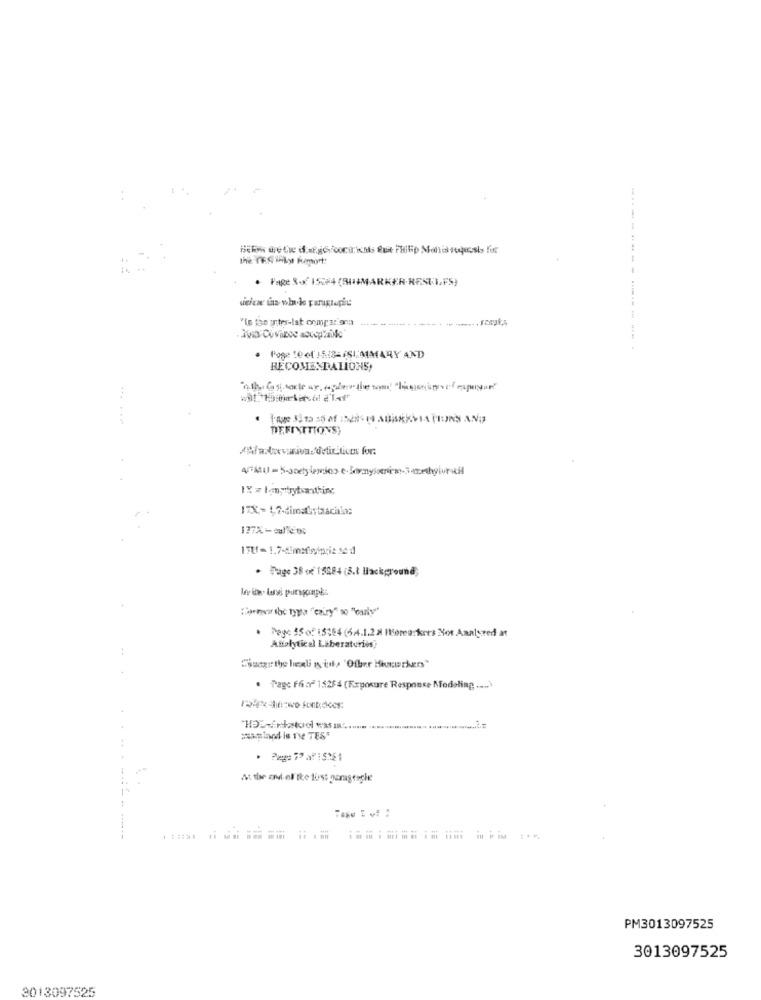
· Page of 152+4 (BIOMARKER.RES13.FS)
"In the inter-lat compar ora
---------------
. Poge 10cf ) 5/2-iSUMMARY AND
RECOMENDALIONS,
PAGE 3- 12 SO of SERGIO ABBREVIATIONS AN;)
DEFINITIONS
177X - sulle 0c
· Page 38 oč 15084 (B.t Background;
Comer soc type "enry"o "early"
. Page 55 of 15:54 (64.1.2 Morea:kres Not Analyred at
Antalytical Liberatories
Siucgr the liegli is it, 'Ofber Hiuruchers"
. Tage F6of 1$254 (Exposure Responce Modeling ..... )
samiand is The TEST
.. .
At the avl of the first garageighe
PM3013097525
3013097525
3013097525